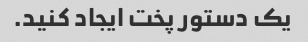
یک دستور پخت ایجاد کنید.